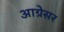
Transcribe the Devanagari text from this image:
आग्रेसर